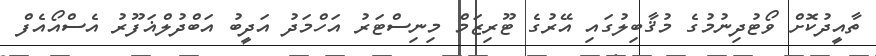
ތާއީދުކޮށް ވޯޓުދިނުމުގެ މުޤާބިލުގައި އޭރުގެ ޓޫރިޒަމް މިނިސްޓަރު އަހްމަދު އަދީބު އަބްދުލްޣަފޫރު އެސްއޯއެފް